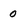
Character: 0